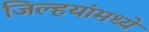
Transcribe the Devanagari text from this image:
जिल्हयांमध्ये